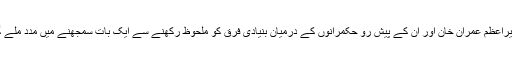
وزیراعظم عمران خان اور ان کے پیش رو حکمرانوں کے درمیان بنیادی فرق کو ملحوظ رکھنے سے ایک بات سمجھنے میں مدد ملے گی۔